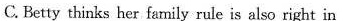
C. Betty thinks her family rule is also right in